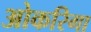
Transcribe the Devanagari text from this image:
ओकरिगा